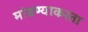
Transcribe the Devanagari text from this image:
मांडण्याकरता